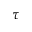
\tau